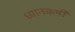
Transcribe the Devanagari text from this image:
ध्यानकर्षी